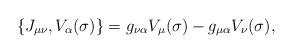
LaTeX: \begin{align*}\{J_{\mu\nu},V_{\alpha}(\sigma )\}=g_{\nu\alpha}V_{\mu}(\sigma)-g_{\mu\alpha}V_{\nu}(\sigma),\end{align*}